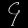
Digit: ၄